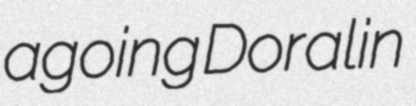
agoing Doralin